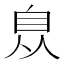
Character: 𦤈